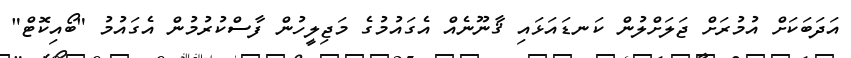
އަދަބަކަށް އުމުރަށް ޖަލަށްލުން ކަނޑައަޅައި ޤާނޫނެއް އެގައުމުގެ މަޖިލީހުން ފާސްކުރުމުން އެގައުމު "ބޯއިކޮޓް"